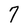
Character: 7